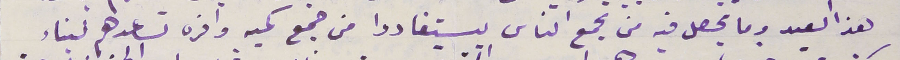
هذا العيد وما يحصل فيه من تجمع الناس ليستفادوا من جمع كميه وافره تساعدهم لبناء